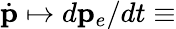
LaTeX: \dot{\mathbf p}\mapsto d{\mathbf p}_{e}/dt\equiv